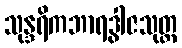
သုန္ဒရိကဘာရဒွါဇသုတ္တ